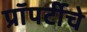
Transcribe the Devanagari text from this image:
प्रॉपर्टीचे